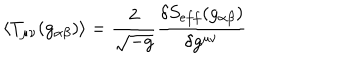
LaTeX: \langle T _ { \mu \nu } ( g _ { \alpha \beta } ) \rangle = \frac { 2 } { \sqrt { - g } } \frac { \delta S _ { e f f } ( g _ { \alpha \beta } ) } { \delta g ^ { \mu \nu } }